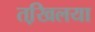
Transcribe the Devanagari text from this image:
तखि़लया